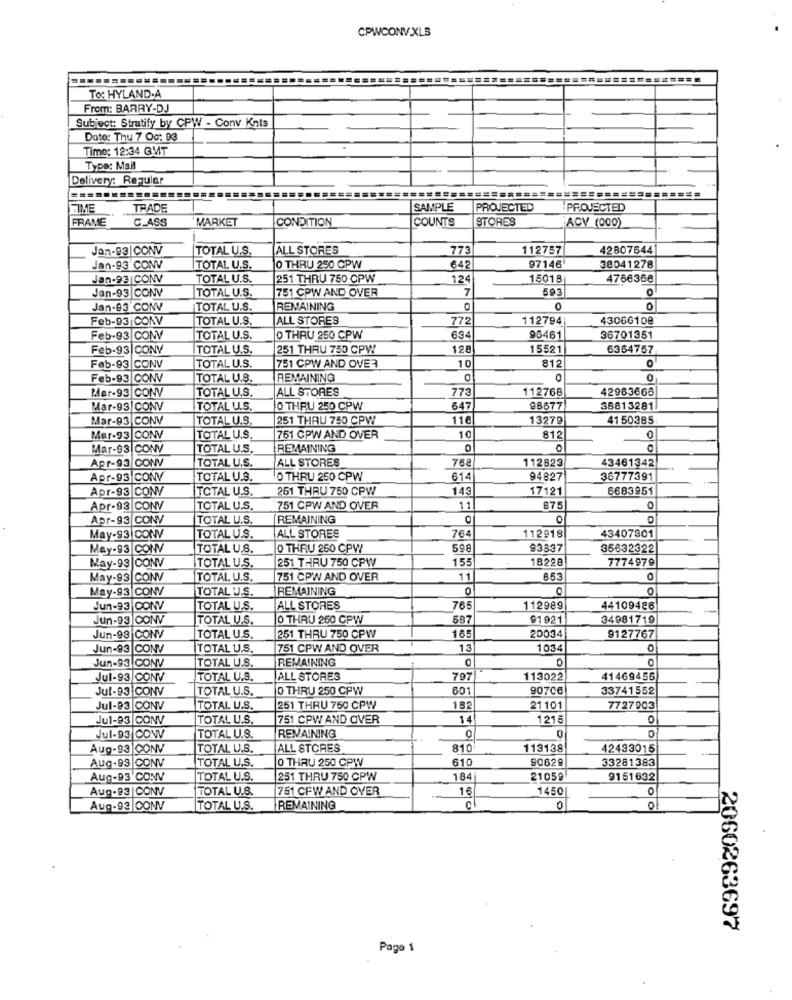
CPWCONV.XLS
To: HYLAND.A
From: BARRY-DJ
Subject: Stratify by CPW - Conv Knts
Date: Thu 7 Og: 03
Time: 12:34 GMT
Type: Mail
Delivery: Regular
TIME
TRADE
SAMPLE
PROJECTED
-PROJECTED
FRAME
CLASS
MARKET
CONDITION
COUNTS
STORES
ACV (000)
Jan-83|CONV
TOTAL U.S.
ALL STORES
773
112757
42807644
Jan-93 CONV
TOTAL U.S.
O THRU 250 CPW
642
97146
38041278
Jan-93 |CONV
TOTAL U.S.
251 THRU 750 CPW
12
15018
4766366
Jan-93 CONV
TOTAL U.S.
751 CPW AND OVER
7
593
0
Jan-83 CONV
TOTAL U.S.
REMAINING
Feb-93|CONV
TOTAL U.S.
ALL STORES
772
112794
43066100
Feb-93 CONV
TOTAL U.S.
O THRU 250 CPW
694
96461
36701351
Feb-93|CONV
TOTAL U.S.
251 THRU 750 CPW
128
15521
6364757
10
812
Feb-93 CONV
TOTAL U.S.
751 CPW AND OVER
Feb-93 CONV
TOTAL U.S.
REMAINING
O
0
Mar-93 CONV
TOTAL U.S.
ALL STORES
773
112768
42983665
Mar-93|CONV
TOTAL U.S.
O THRU 250 CPW
647
98677
38813281
Mar-93 CONV
TOTAL U.S.
251 THRU 750 CPW
116
13279
41 50385
812
Mer-93 CONV
TOTAL U.S.
751 CPW AND OVER
10
0
Mar-93| CONV
TOTAL U.S.
REMAINING
TOTAL U.S.
ALL STORES
112823
Apr-93 CONV
768
43461342
Apr-93|CONV
TOTAL U.S.
O THRU 250 CPW
614
94827
36777391
Apr-93 CONV
TOTAL U.S.
251 THRU 750 CPW
143
17121
6683951
Apr-93 CONV
TOTAL U.S.
751 CPW AND OVER
11
875
Apr-93 CONV
TOTAL U.S.
REMAINING
May-93 CONV
TOTAL U.S.
ALL STORES
764
112918
43407301
May-93 CONV
TOTAL U.S.
O THRU 250 CPW
598
93337
35632322
251 THRU 750 CPW
155
18228
7774979
May-93|CONV
TOTAL U.S.
May-93 |CONV
TOTAL U.S.
751 CPW AND OVER
11
853
May-93 CONV
REMAINING
0
TOTAL U.S.
Jun-93 CONV
TOTAL U.S.
ALL STORES
765
112989
44109486
Jun-93 CONV
TOTAL U.S.
0 THRU 250 CPW
587
91 921
34981719
Jun-93 |CONV
TOTAL U.S.
251 THRU 750 CPW
165
20034
9127767
Jun-93 |CONV
TOTAL U.S.
751 CPW AND OVER
13
1034
0
Jun-93 CONV
TOTAL U.S.
REMAINING
0
C
Jul-93 CONV
TOTAL U.S.
ALL STORES
797
113022
41469456
Jul-93 CONV
TOTAL U.S.
D THRU 250 CPW
601
907CC
33741552
Jul-93 CONV
TOTAL U.S.
251 THRU 750 CPW
182
21 101
7727903
Jul-93 CONV
TOTAL U.S.
751 CPW AND OVER
1
1215
0
0
Jul-93 CONV
TOTAL U.S.
REMAINING
0
Aug-93 |CONV
TOTAL U.S.
ALL STORES
810
113138
42493015
TOTAL U.S.
0 THRU 250 CPW
610
90629
33281383
Aug-93 CONV
Aug-93 CONV
TOTAL U.S.
251 THRU 750 CPW
184
21059
9151632
Aug-93 |CONV
TOTAL U.S.
751 CFW AND OVER
16
1450
O
Aug-93 CONV
TOTAL U.S.
REMAINING
C
0
0
2060263697
Page 1